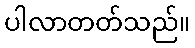
ပါလာတတ်သည်။